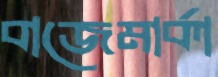
বাজেমার্কা